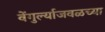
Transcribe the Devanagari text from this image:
वेंगुर्ल्याजवळच्या